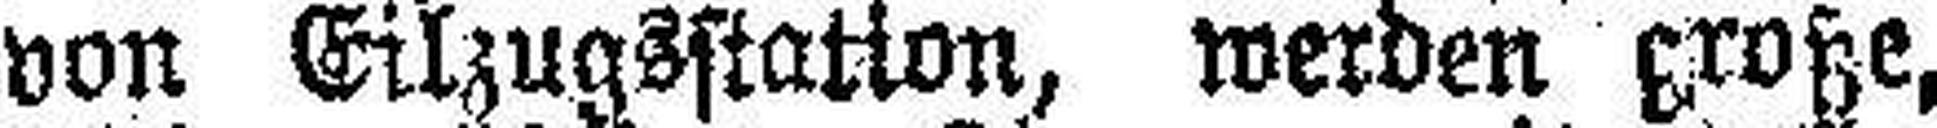
von Eilzugsstation, werden große,